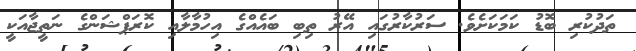
ތަދުކުރި ބޮޑު ކަމަކަށެވެ. ސަރުކާރުގައި އޭރު ތިބި ބައެއްގެ އިހުމާލާއި ކޮރަޕްޝަންގެ ނަތީޖާއަކީ